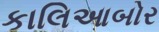
કાલિઆબોર